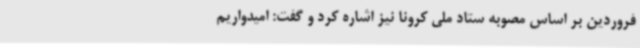
فروردین بر اساس مصوبه ستاد ملی کرونا نیز اشاره کرد و گفت: امیدواریم